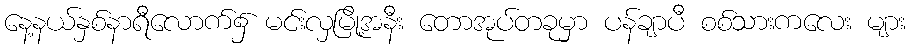
နေ့နယ်နှစ်နာရီလောက်၌ မင်းလှမြို့အနီး တောအုပ်တခုမှာ ပန်ချာပီ စစ်သားကလေး များ